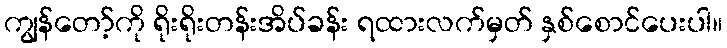
ကျွန်တော့်ကို ရိုးရိုးတန်းအိပ်ခန်း ရထားလက်မှတ် နှစ်စောင်ပေးပါ။